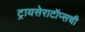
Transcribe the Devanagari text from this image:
ट्रायसेराटॉप्सची